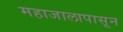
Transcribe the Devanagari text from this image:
महाजालापासून